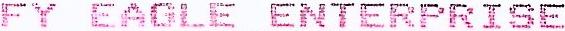
FY EAGLE ENTERPRISE